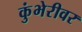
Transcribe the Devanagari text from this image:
कुंभेरीवर